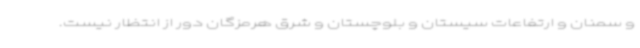
و سمنان و ارتفاعات سیستان و بلوچستان و شرق هرمزگان دور از انتظار نیست.